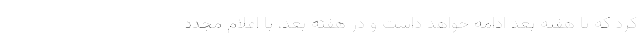
کرد که تا هفته بعد ادامه خواهد داشت و در هفته بعد، با اعلام مجدد